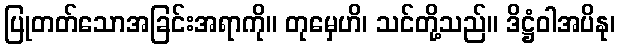
ပြုတတ်သောအခြင်းအရာကို။ တုမှေဟိ၊ သင်တို့သည်။ ဒိဋ္ဌံဝါအပိနု၊